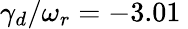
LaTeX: \gamma_{d}/\omega_{r}=-3.01\